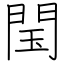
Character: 閠